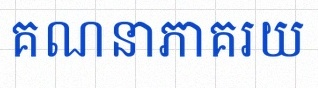
គណនាភាគរយ